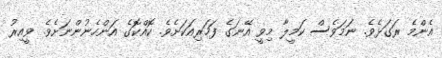
އެންމެ ރަގަޅެވެ. ނަމަވެސް ކަމީލާ މިވީ އޭނަގެ ފަހަރިއަކަށެވެ. ކޮއްކޮގެ އަންހެނުންނަށެވެ. ވީއިރު